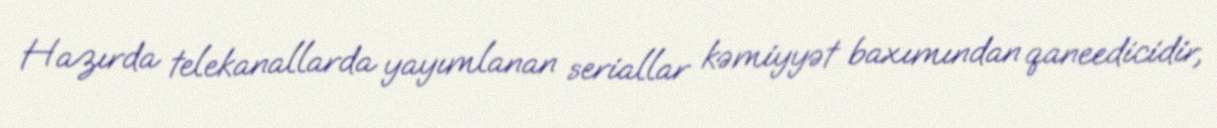
Hazırda telekanallarda yayımlanan seriallar kəmiyyət baxımından qaneedicidir,